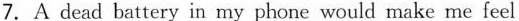
7.A dead battery in my phone would make me feel